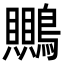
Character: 䴍